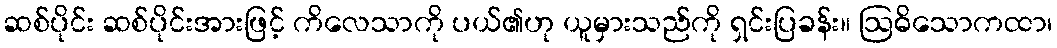
ဆစ်ပိုင်း ဆစ်ပိုင်းအားဖြင့် ကိလေသာကို ပယ်၏ဟု ယူမှားသည်ကို ရှင်းပြခန်း။ ဩဓိသောကထာ၊